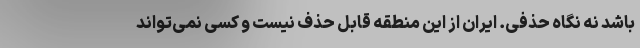
باشد نه نگاه حذفی. ایران از این منطقه قابل حذف نیست و کسی نمی‌تواند